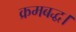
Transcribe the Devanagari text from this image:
क्रमबद्ध।